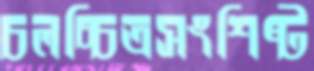
চলচ্চিত্রসংশিষ্ট